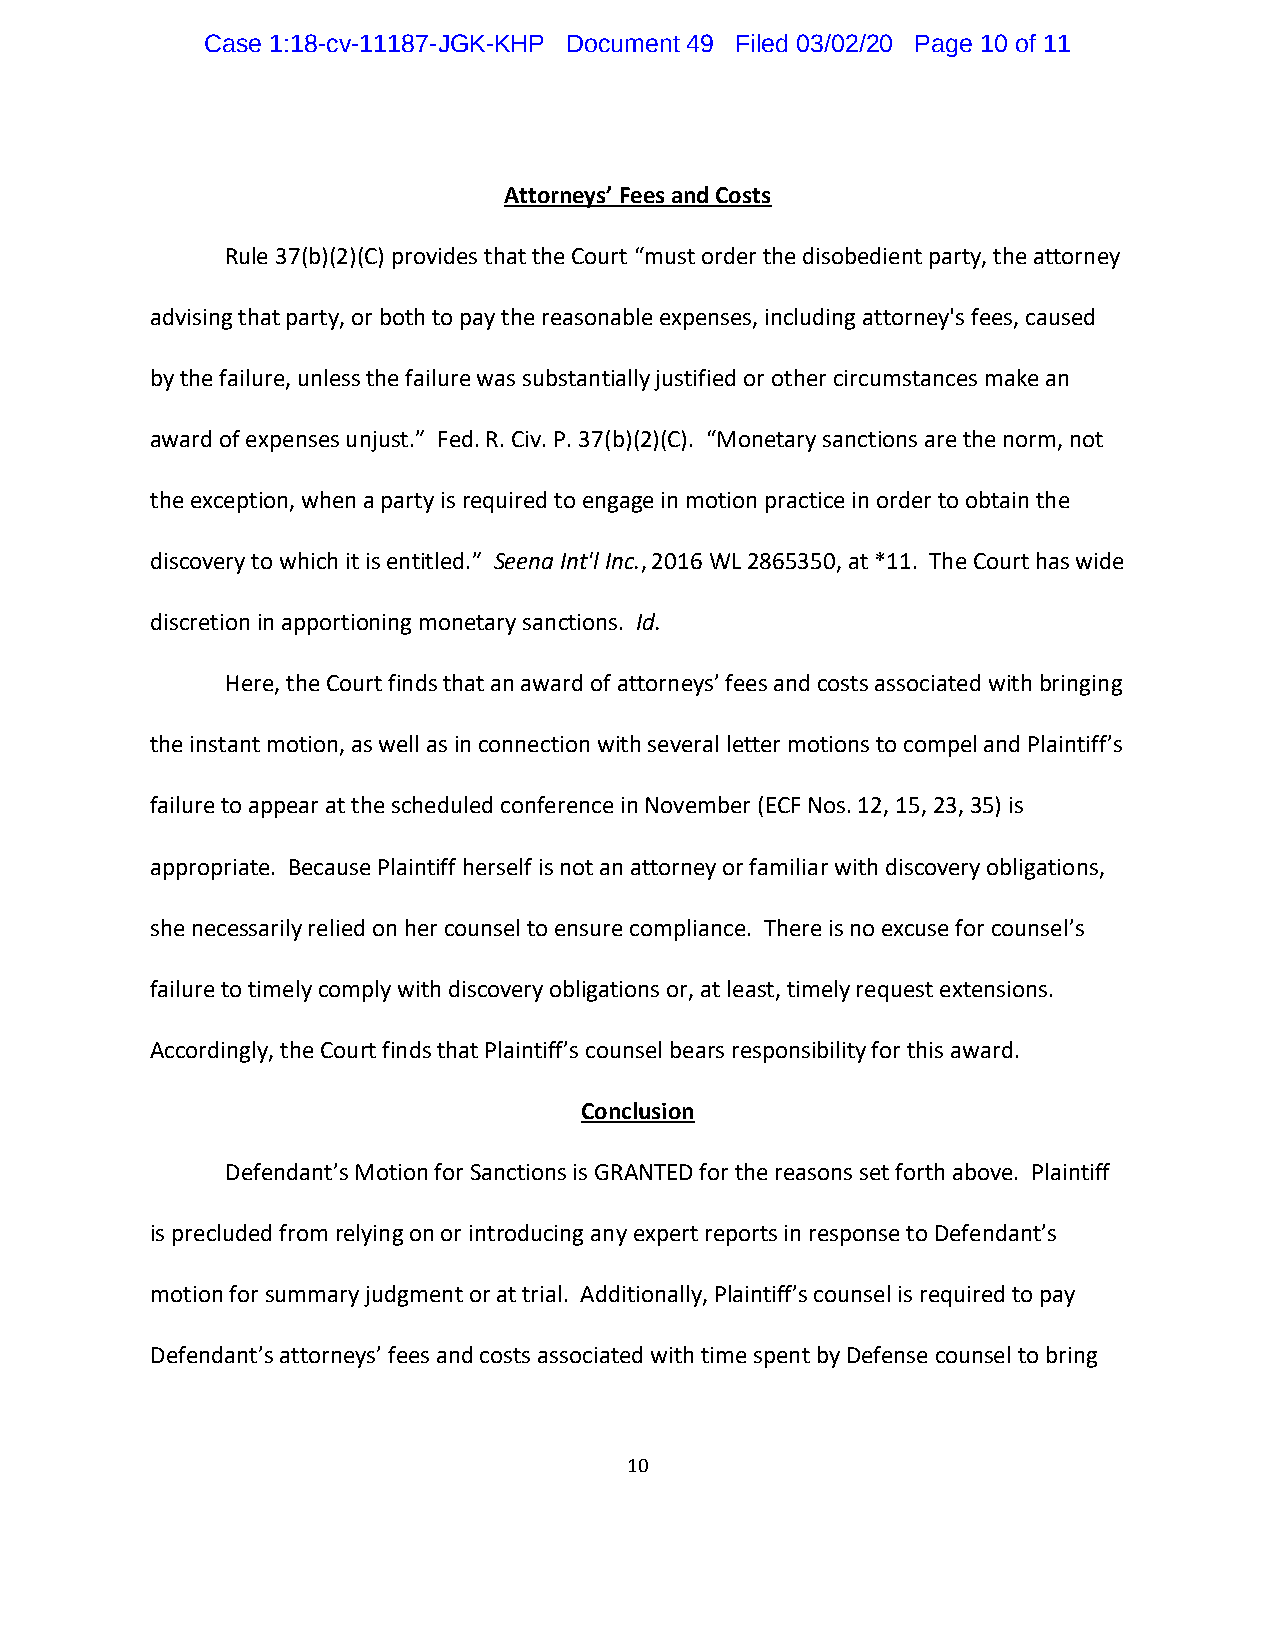
Case 1:18-cv-11187-JGK-KHP Document 49 Filed 03/02/20 Page 10 of 11
 Attorneys’ Fees and Costs
 Rule 37(b)(2)(C) provides that the Court “must order the disobedient party, the attorney
 advising that party, or both to pay the reasonable expenses, including attorney's fees, caused
 by the failure, unless the failure was substantially justified or other circumstances make an
 award of expenses unjust.” Fed. R. Civ. P. 37(b)(2)(C). “Monetary sanctions are the norm, not
 the exception, when a party is required to engage in motion practice in order to obtain the
 discovery to which it is entitled.” Seena Int'l Inc., 2016 WL 2865350, at *11. The Court has wide
 discretion in apportioning monetary sanctions. Id.
 Here, the Court finds that an award of attorneys’ fees and costs associated with bringing
 the instant motion, as well as in connection with several letter motions to compel and Plaintiff’s
 failure to appear at the scheduled conference in November (ECF Nos. 12, 15, 23, 35) is
 appropriate. Because Plaintiff herself is not an attorney or familiar with discovery obligations,
 she necessarily relied on her counsel to ensure compliance. There is no excuse for counsel’s
 failure to timely comply with discovery obligations or, at least, timely request extensions.
 Accordingly, the Court finds that Plaintiff’s counsel bears responsibility for this award.
 Conclusion
 Defendant’s Motion for Sanctions is GRANTED for the reasons set forth above. Plaintiff
 is precluded from relying on or introducing any expert reports in response to Defendant’s
 motion for summary judgment or at trial. Additionally, Plaintiff’s counsel is required to pay
 Defendant’s attorneys’ fees and costs associated with time spent by Defense counsel to bring
 10